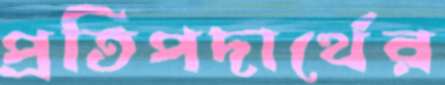
প্রতিপদার্থের